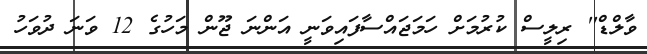
ވާލްޑް'' ރިލީސް ކުރުމަށް ހަމަޖައްސާފައިވަނީ އަންނަ ޖޫން މަހުގެ 12 ވަނަ ދުވަހު